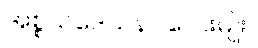
အစ္စယဒေသနာ လေးမျိုး။